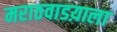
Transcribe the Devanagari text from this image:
मराठवाडय़ाला